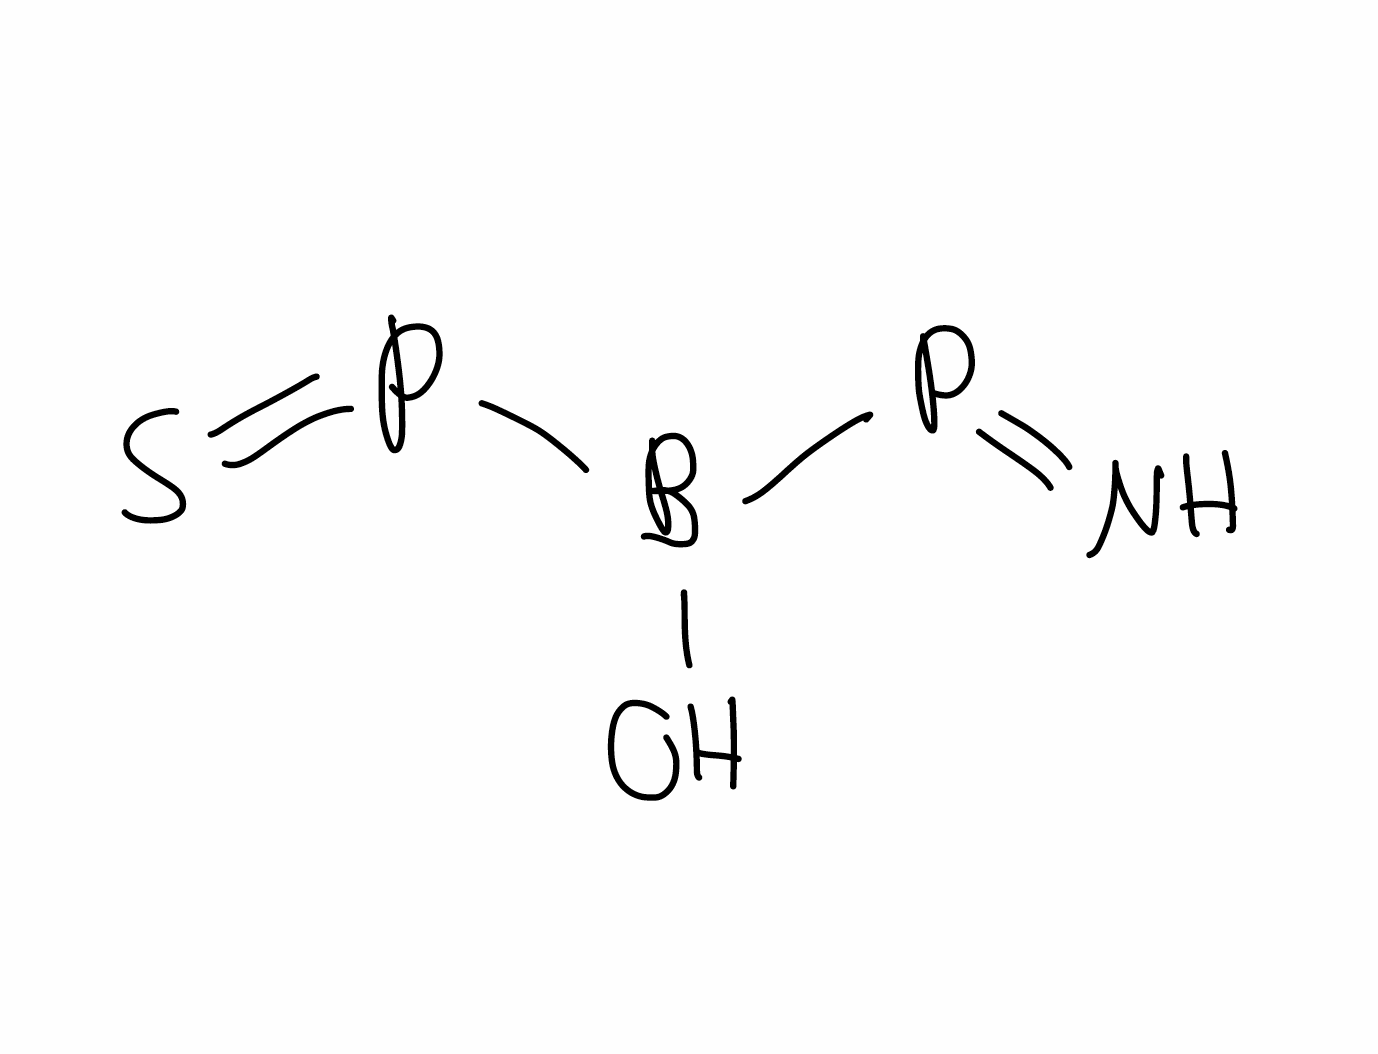
Simplified molecular-input line-entry system (SMILES) notation of the given molecule:
B(O)(P=N)P=S